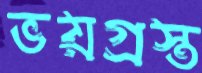
ভয়গ্রস্ত